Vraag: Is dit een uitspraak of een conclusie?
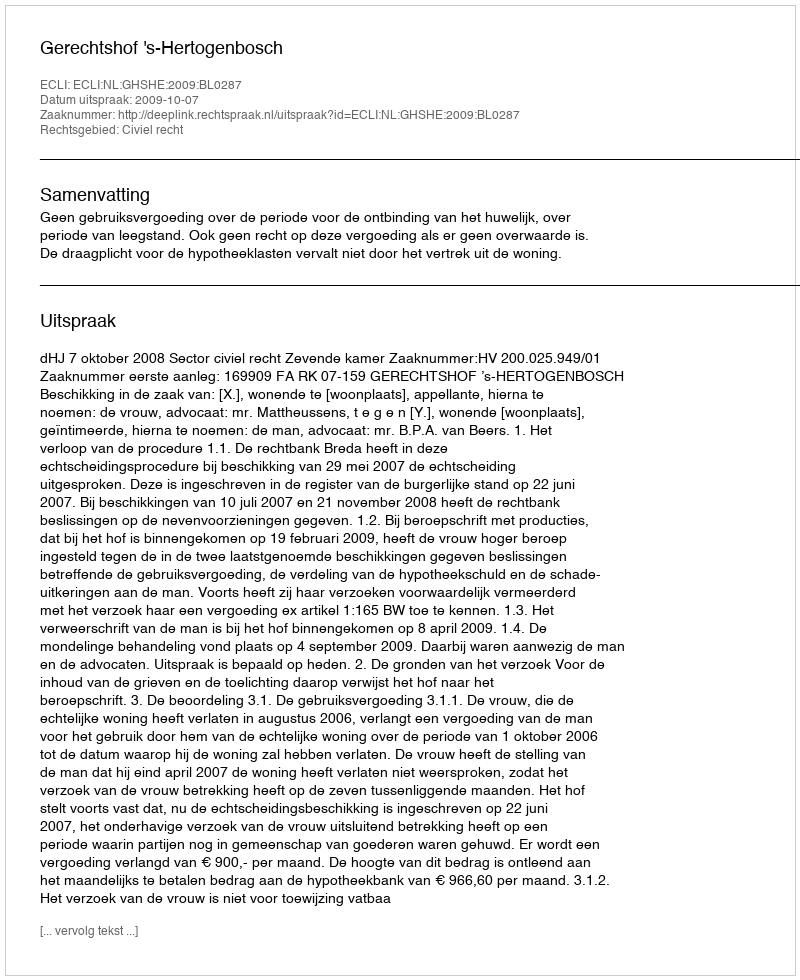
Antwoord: Uitspraak